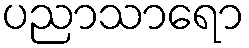
ပညာသာရော